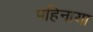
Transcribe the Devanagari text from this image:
पहिनाया